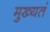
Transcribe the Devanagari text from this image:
मुख्यतं